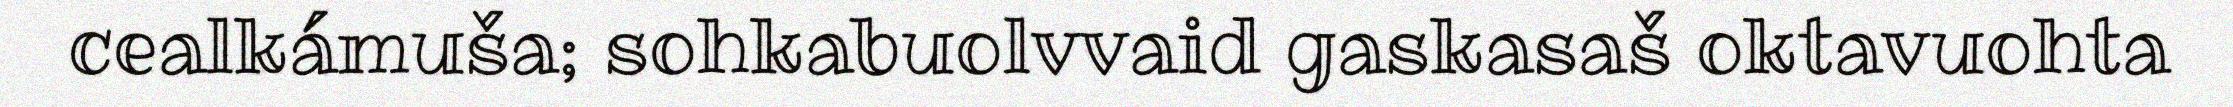
cealkámuša; sohkabuolvvaid gaskasaš oktavuohta